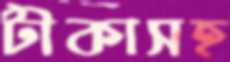
টীকাসহ